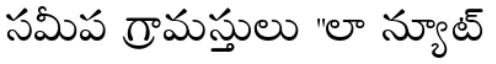
సమీప గ్రామస్తులు "లా న్యూట్